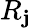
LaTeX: R_{\mathbf{j}}